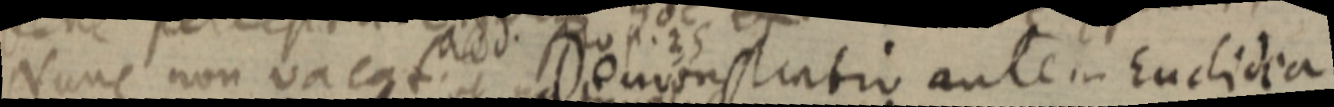
Nunc non vacat. _ Demonstratio autem Euclidea